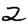
Digit: 2